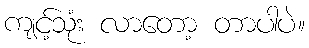
ကျင့်သုံး လာတော့ တာပါပဲ။